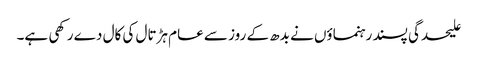
علیحدگی پسند رہنماؤں نے بدھ کے روز سے عام ہڑتال کی کال دے رکھی ہے۔